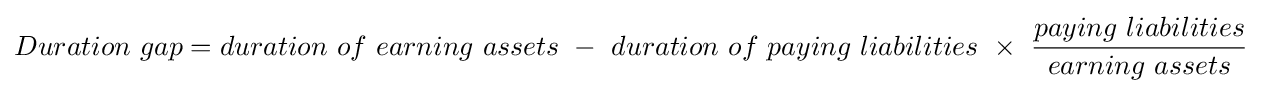
Duration\ gap=duration\ of\ earning\ assets\ -\ duration\ of\ paying\ liabilities\ \times \ {\frac {paying\ liabilities}{earning\ assets}}